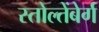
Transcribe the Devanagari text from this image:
स्तोल्तेंबेर्ग